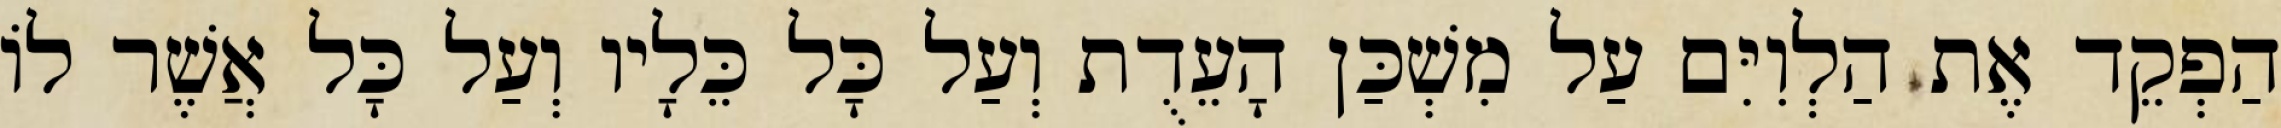
הַפְקֵד אֶת הַלְוִיִּם עַל מִשְׁכַּן הָעֵדֻת וְעַל כָּל כֵּלָיו וְעַל כָּל אֲשֶׁר לוֹ